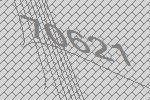
70621